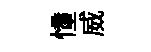
憧威